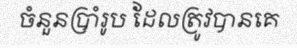
ចំនួនប្រាំរូប ដែលត្រូវបានគេ